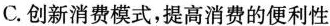
C.创新消费模式，提高消费的便利性